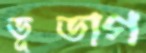
ভূভাগ